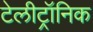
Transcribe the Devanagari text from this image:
टेलीट्रॉनिक